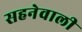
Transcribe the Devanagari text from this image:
सहनेवाली